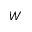
W